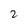
Character: 2